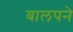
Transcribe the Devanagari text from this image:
बालपने